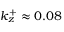
k _ { z } ^ { + } \approx 0 . 0 8